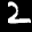
Label: 2